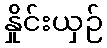
နှိုင်းယှဉ်